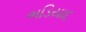
ભડિયાદ